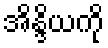
အိန္ဒိယကို